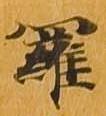
羅